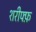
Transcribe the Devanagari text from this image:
शरीफ्फ़